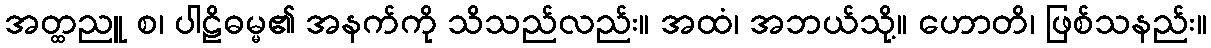
အတ္ထညူ စ၊ ပါဠိဓမ္မ၏ အနက်ကို သိသည်လည်း။ အထံ၊ အဘယ်သို့။ ဟောတိ၊ ဖြစ်သနည်း။